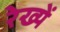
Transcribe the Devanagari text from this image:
रेख्यें